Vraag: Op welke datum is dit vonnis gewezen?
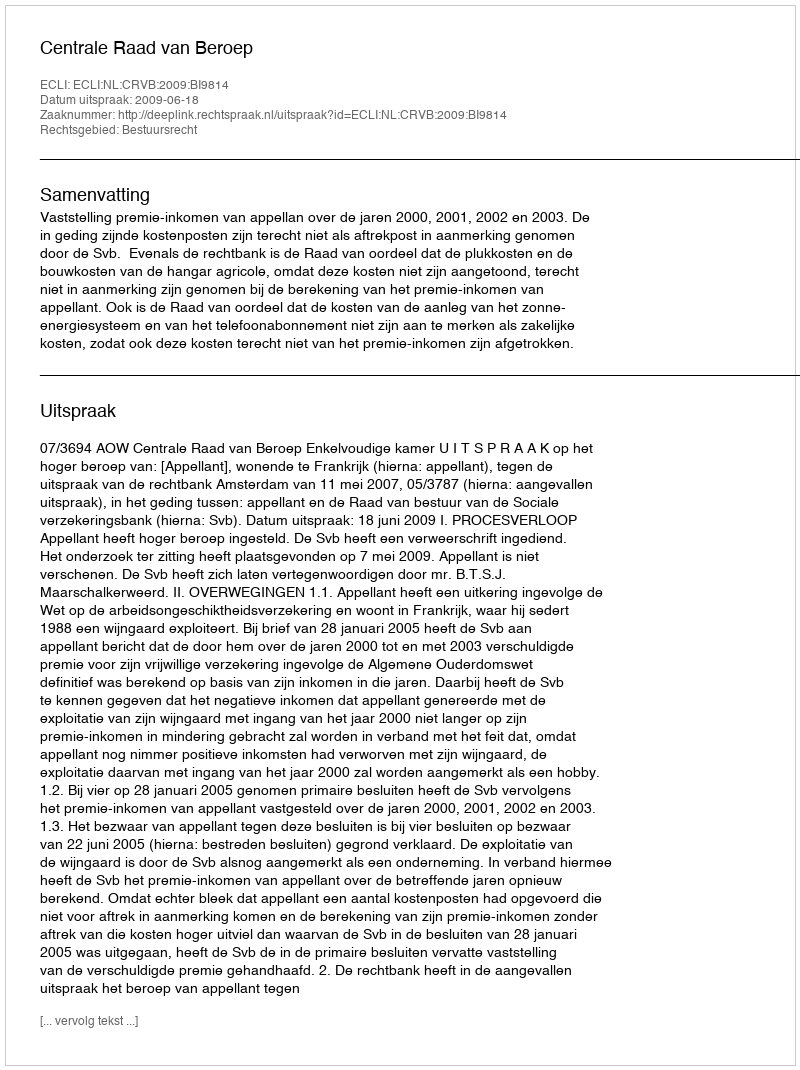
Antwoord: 2009-06-18